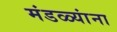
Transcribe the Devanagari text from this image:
मंडळ्यांना